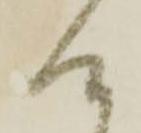
候